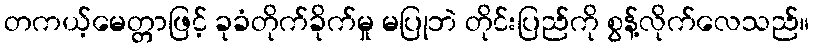
တကယ့်မေတ္တာဖြင့် ခုခံတိုက်ခိုက်မှု မပြုဘဲ တိုင်းပြည်ကို စွန့်လိုက်လေသည်။